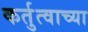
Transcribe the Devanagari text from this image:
कर्तुत्वाच्या